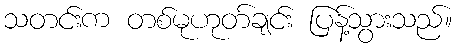
သတင်းက တစ်မုဟုတ်ချင်း ပြန့်သွားသည်။